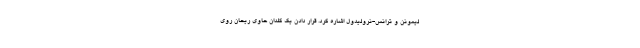
لیمونن و ترانس-نرولیدول اشاره کرد. قرار دادن یک گلدان حاوی ریحان روی